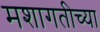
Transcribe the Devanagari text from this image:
मशागतीच्या